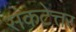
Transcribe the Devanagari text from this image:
संकटेत्तर